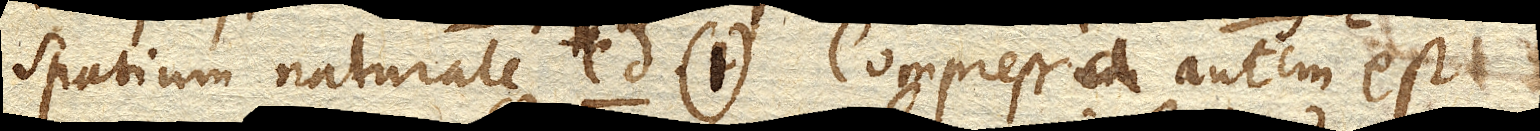
spatium naturale cd. (1). Compressa autem est